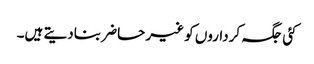
کئی جگہ کرداروں کو غیر حاضر بنادیتے ہیں۔